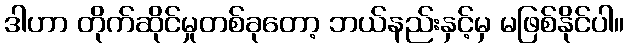
ဒါဟာ တိုက်ဆိုင်မှုတစ်ခုတော့ ဘယ်နည်းနှင့်မှ မဖြစ်နိုင်ပါ။